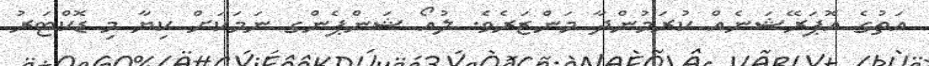
އަތުގެ އޮޕަރޭޝަނެއް ކުރަމުންދާ މަންޒަރެވެ. ލުއޯ ޝަންޕެންގ ނަމަކަށް ކިޔާ މި ޑޮކްޓަރު